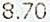
8.70